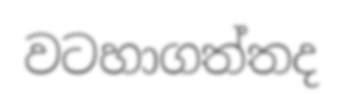
වටහාගත්තද